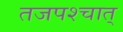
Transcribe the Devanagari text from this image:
तजपश्चात्